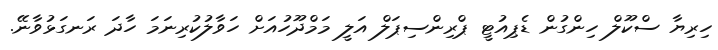
ހިރިޔާ ސްކޫލް ހިންގުން ޑެޕިއުޓީ ޕްރިންސިޕަލް އަލީ މަމްދޫހުއަށް ހަވާލުކުރިނަމަ ހާދަ ރަނގަޅުވާނޭ.